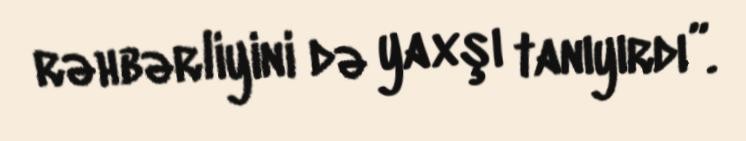
rəhbərliyini də yaxşı tanıyırdı”.